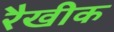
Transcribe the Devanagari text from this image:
रैखीक